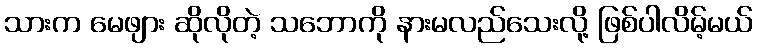
သားက မေဖျား ဆိုလိုတဲ့ သဘောကို နားမလည်သေးလို့ ဖြစ်ပါလိမ့်မယ်